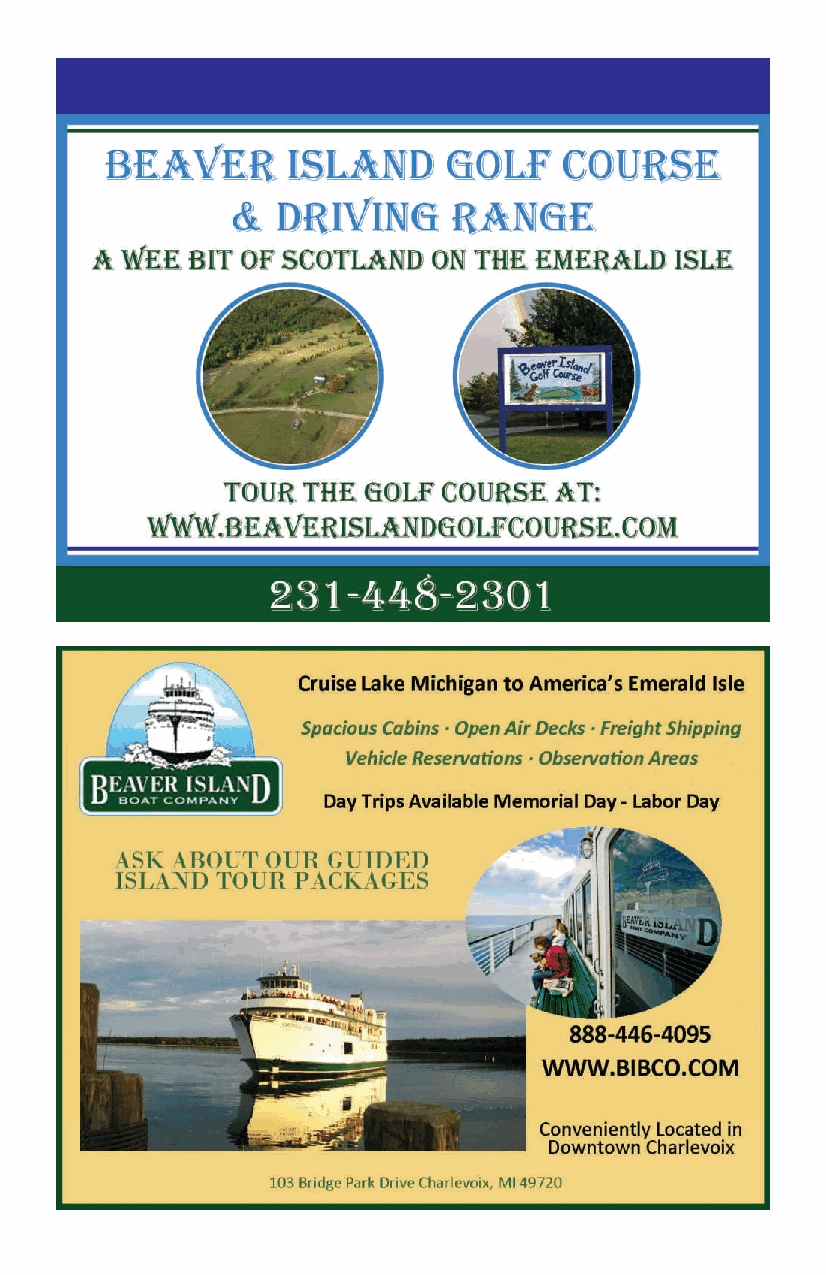
13449.indd 15                                 4/7/17 9:38 AM